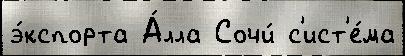
э́кспорта А́лла Сочи́ с'ист'е́ма